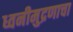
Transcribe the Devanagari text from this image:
ध्वनीमुद्रणाचा